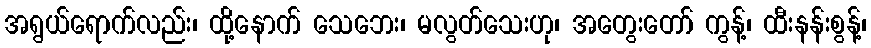
အရွယ်ရောက်လည်း၊ ထို့နောက် သေဘေး၊ မလွတ်သေးဟု၊ အတွေးတော် ကွန့်၊ ထီးနန်းစွန့်၊